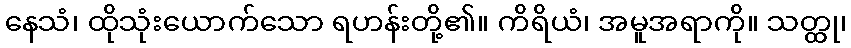
နေသံ၊ ထိုသုံးယောက်သော ရဟန်းတို့၏။ ကိရိယံ၊ အမူအရာကို။ သတ္ထု၊